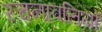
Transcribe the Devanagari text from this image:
रचनावलियों